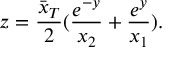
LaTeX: z = { \frac { \bar { x } _ { T } } { 2 } } ( { \frac { e ^ { - y } } { x _ { 2 } } } + { \frac { e ^ { y } } { x _ { 1 } } } ) .